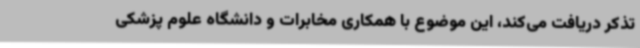
تذکر دریافت می‌کند، این موضوع با همکاری مخابرات و دانشگاه علوم پزشکی